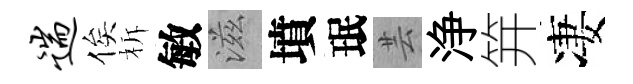
遄俟柝敏滋墳珉芸浄笄凄